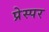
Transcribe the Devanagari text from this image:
प्रेस्पर